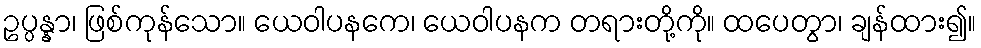
ဥပ္ပန္နာ၊ ဖြစ်ကုန်သော။ ယေဝါပနကေ၊ ယေဝါပနက တရားတို့ကို။ ထပေတွာ၊ ချန်ထား၍။